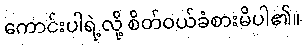
ကောင်းပါရဲ့လို့ စိတ်ဝယ်ခံစားမိပါ၏။